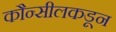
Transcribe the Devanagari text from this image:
कौन्सीलकडून